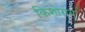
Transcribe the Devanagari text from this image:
किशोरायु